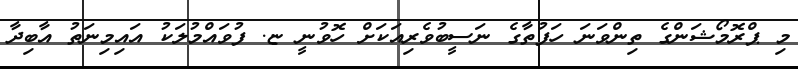
މި ޕްރޮމޯޝަންގެ ތިންވަނަ ހަފުތާގެ ނަސީބުވެރިއަކަށް ހޮވުނީ ޏ. ފުވައްމުލަކު އައިމިނަތު އާބިދާ